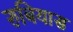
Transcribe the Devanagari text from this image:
रुबियास